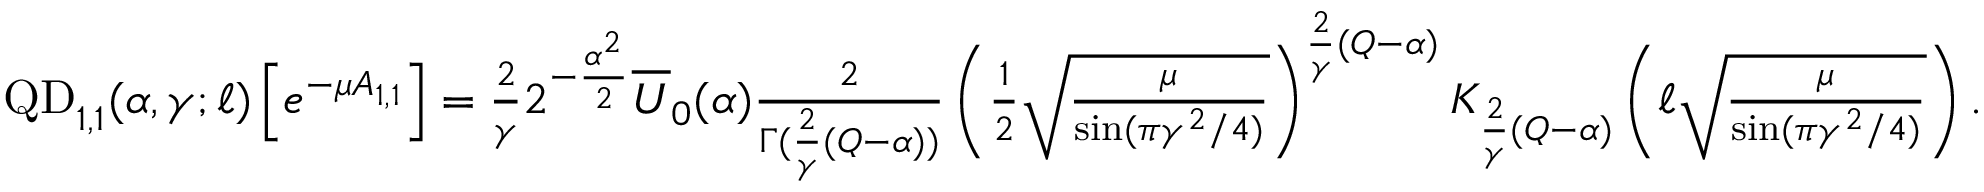
\begin{array} { r } { \mathrm { Q D } _ { 1 , 1 } ( \alpha , \gamma ; \ell ) \left[ e ^ { - \mu A _ { 1 , 1 } } \right] = \frac { 2 } { \gamma } 2 ^ { - \frac { \alpha ^ { 2 } } { 2 } } \overline { U } _ { 0 } ( \alpha ) \frac { 2 } { \Gamma ( \frac { 2 } { \gamma } ( Q - \alpha ) ) } \left( \frac { 1 } { 2 } \sqrt { \frac { \mu } { \sin ( \pi \gamma ^ { 2 } / 4 ) } } \right) ^ { \frac { 2 } { \gamma } ( Q - \alpha ) } K _ { \frac { 2 } { \gamma } ( Q - \alpha ) } \left( \ell \sqrt { \frac { \mu } { \sin ( \pi \gamma ^ { 2 } / 4 ) } } \right) . } \end{array}